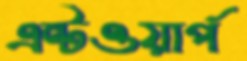
এন্টওয়ার্প